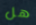
هل